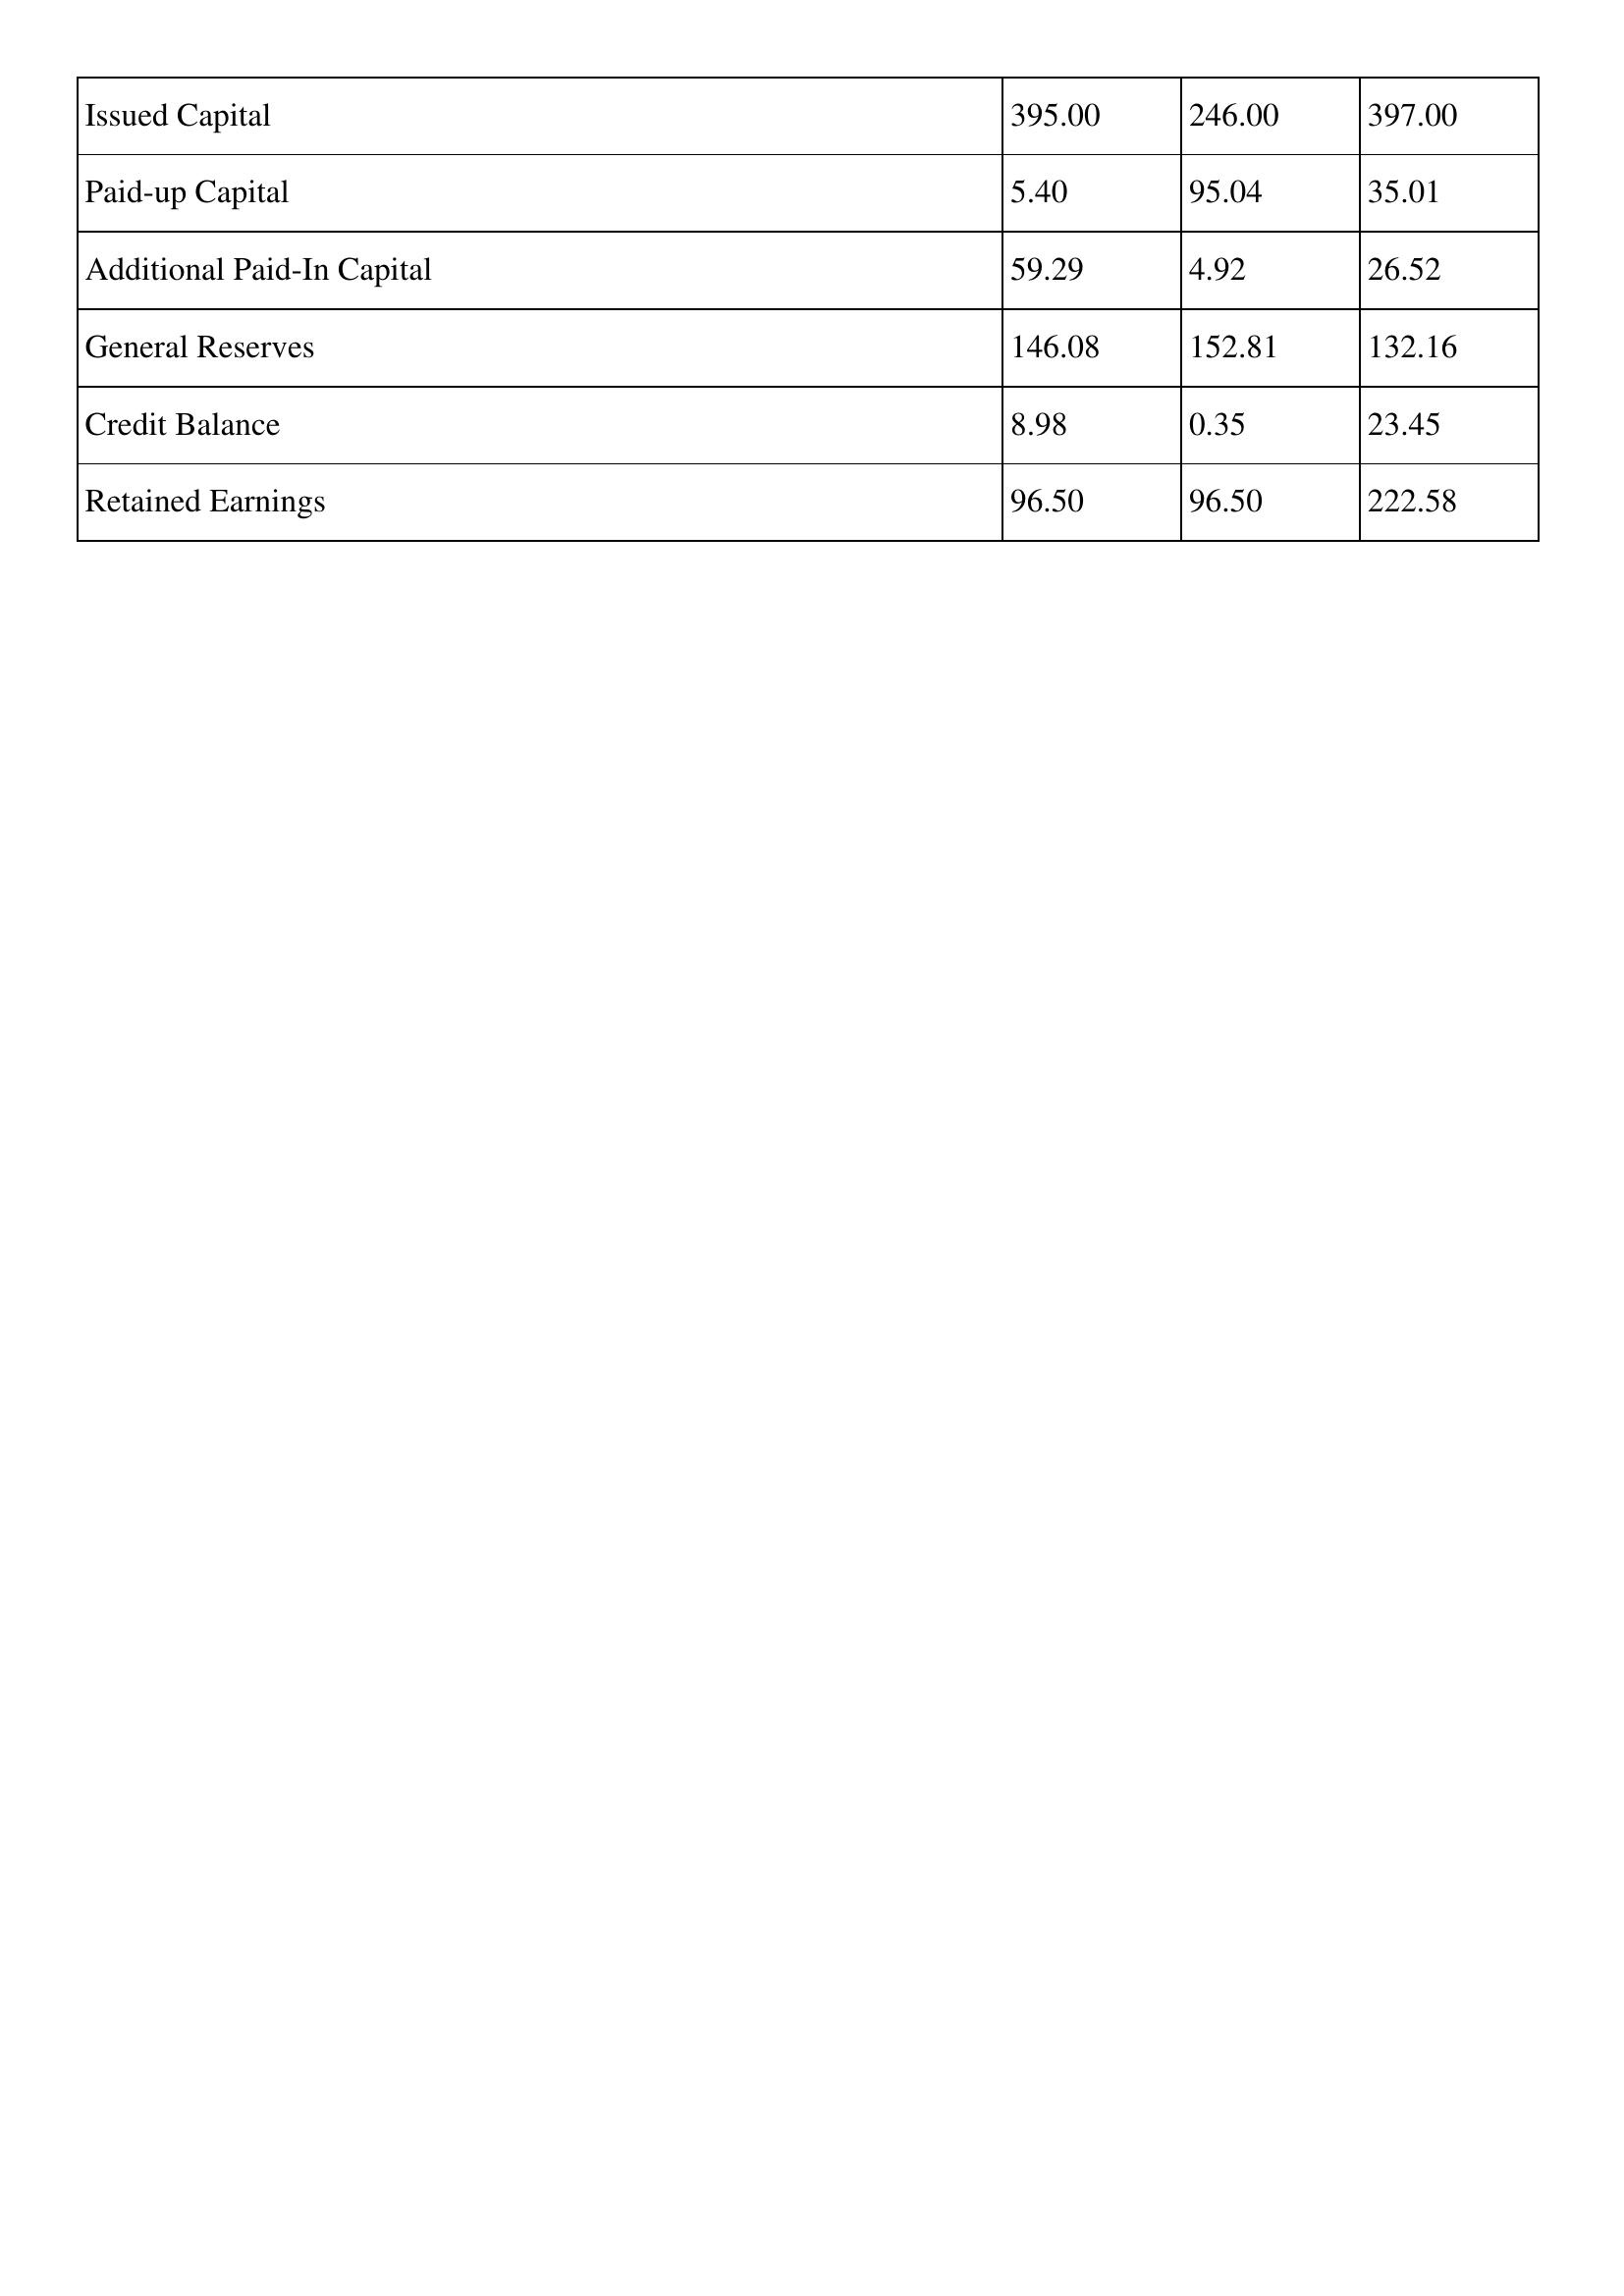
gt_parse: 2003: Issued Capital: 395.00
Paid-up Capital: 5.40
Additional Paid-In Capital: 59.29
General Reserves: 146.08
Credit Balance: 8.98
Retained Earnings: 96.50
2002: Issued Capital: 246.00
Paid-up Capital: 95.04
Additional Paid-In Capital: 4.92
General Reserves: 152.81
Credit Balance: 0.35
Retained Earnings: 96.50
2001: Issued Capital: 397.00
Paid-up Capital: 35.01
Additional Paid-In Capital: 26.52
General Reserves: 132.16
Credit Balance: 23.45
Retained Earnings: 222.58